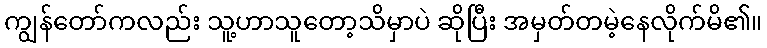
ကျွန်တော်ကလည်း သူ့ဟာသူတော့သိမှာပဲ ဆိုပြီး အမှတ်တမဲ့နေလိုက်မိ၏။